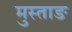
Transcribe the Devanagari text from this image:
मुस्ताङ